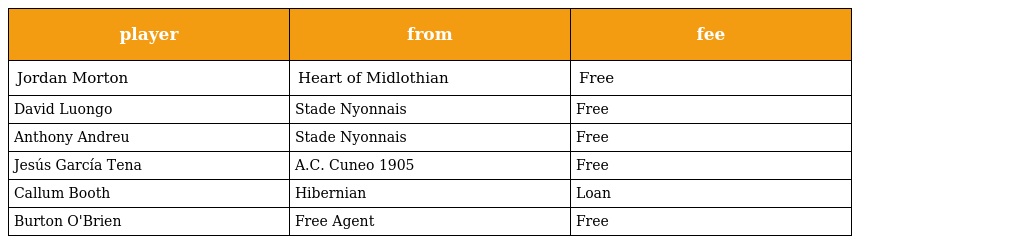
| player | from | fee |
 | --- | --- | --- |
 | Jordan Morton | Heart of Midlothian | Free |
 | David Luongo | Stade Nyonnais | Free |
 | Anthony Andreu | Stade Nyonnais | Free |
 | Jesús García Tena | A.C. Cuneo 1905 | Free |
 | Callum Booth | Hibernian | Loan |
 | Burton O'Brien | Free Agent | Free |